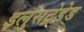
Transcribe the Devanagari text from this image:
इलुसट्रेडेड